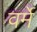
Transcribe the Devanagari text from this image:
वर्मे